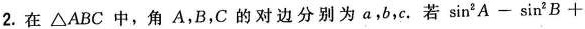
2.在\triangle ABC中，角A，B，C的对边分别为a，b，c.若$$\sin A-\sin^{2}B+$$